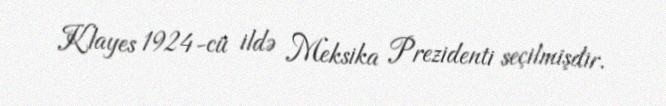
Klayes 1924-cü ildə Meksika Prezidenti seçilmişdir.